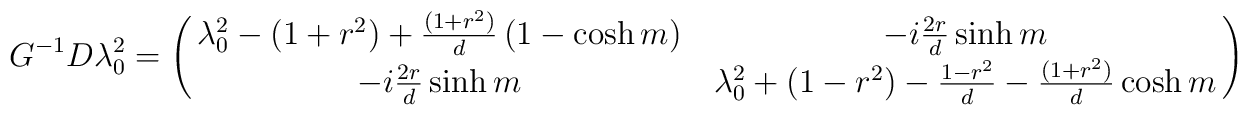
G^{-1}D\lambda_0^2 = \left(\matrix{	\lambda_0^2-(1+r^2)+\frac{(1+r^2)}{d}\left(1-\cosh	m\right)& -i\frac{2r}{d}\sinh m\cr	-i\frac{2r}{d}\sinh m&\lambda_0^2+(1-r^2)-\frac{1-r^2}{d}-	\frac{(1+r^2)}{d}\cosh m\cr}	\right)